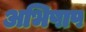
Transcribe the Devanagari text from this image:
अभिषाप